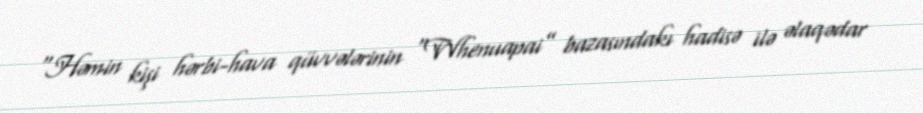
“Həmin kişi hərbi-hava qüvvələrinin “Whenuapai” bazasındakı hadisə ilə əlaqədar